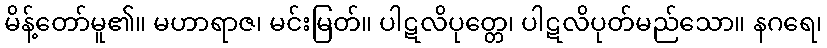
မိန့်တော်မူ၏။ မဟာရာဇ၊ မင်းမြတ်။ ပါဋလိပုတ္တေ၊ ပါဋလိပုတ်မည်သော။ နဂရေ၊